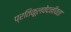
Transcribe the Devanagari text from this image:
प्रतिकूलवेदनीयता